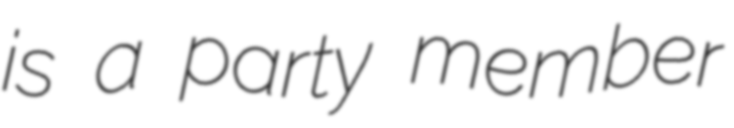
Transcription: is a party member